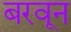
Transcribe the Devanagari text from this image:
बरवून